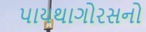
પાયથાગોરસનો